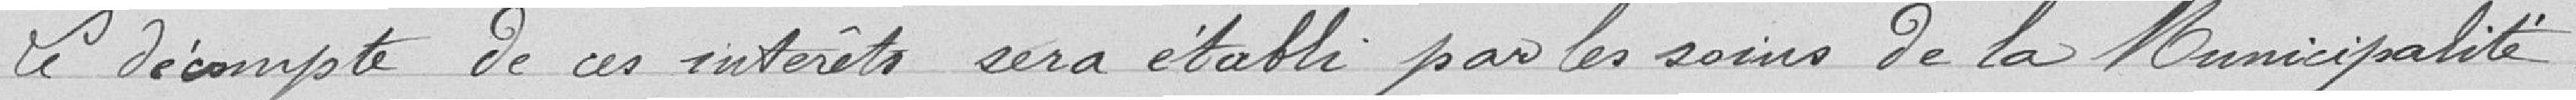
Le décompte de ces intérêts sera établi par les soins de la Municipalité.